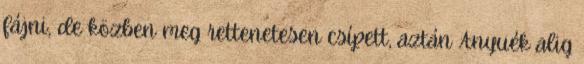
fájni, de közben meg rettenetesen csípett, aztán Anyuék alig